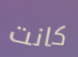
كانت